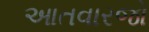
આતવારજો